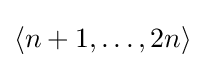
\langle n+1,\dots ,2n\rangle